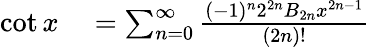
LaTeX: \begin{array}{rl}{\cot x}&{{}{}=\sum_{n=0}^{\infty}{\frac{(-1)^{n}2^{2n}B_{2n}x^{2n-1}}{(2n)!}}}\end{array}